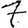
Digit: 7